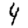
Digit: 4